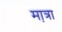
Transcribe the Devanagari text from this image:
मा़त्रा